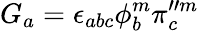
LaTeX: G_{a}=\epsilon_{abc}\phi_{b}^{m}\pi_{c}^{\prime\prime m}